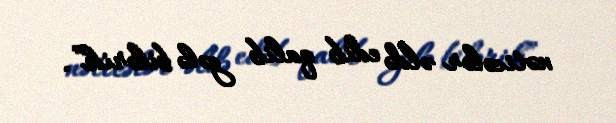
nəticələr əldə edib qalib gələ bilərik”.